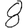
Digit: 8